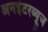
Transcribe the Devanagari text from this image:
अनइंटरव्यूज